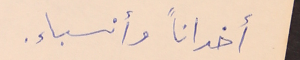
أخواناً وأنسباء.